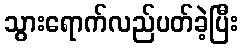
သွားရောက်လည်ပတ်ခဲ့ပြီး